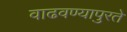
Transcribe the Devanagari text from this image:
वाढवण्यापुरते